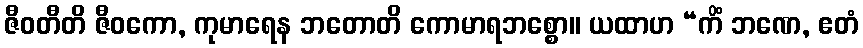
ဇီဝတီတိ ဇီဝကော, ကုမာရေန ဘတောတိ ကောမာရဘစ္စော။ ယထာဟ “ကိံ ဘဏေ, ဧတံ